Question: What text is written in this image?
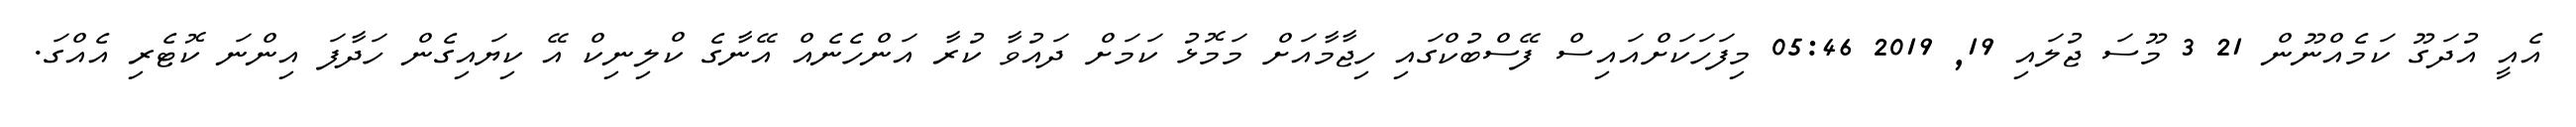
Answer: އެއީ އުދަގޫ ކަމެއްނޫން 21 3 މޫސަ ޖުލައި 19, 2019 05:46 މިފަހަކަށްއައިސް ފޭސްބުކްގައި ހިޖާމާއަށް މަމޮޅު ކަމަށް ދައުވާ ކުރާ އަންހެނެއް އޭނާގެ ކްލިނިކް އޭ ކިޔައިގެން ހަދާފަ އިންނަ ކޮޓެރި އެއްގަ.